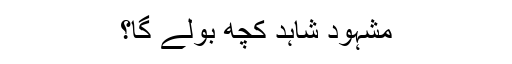
مشہود شاہد کچھ بولے گا؟